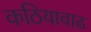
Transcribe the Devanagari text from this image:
कठियावाढ